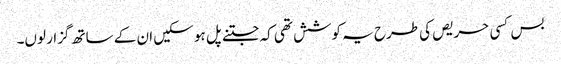
بس کسی حریص کی طرح یہ کوشش تھی کہ جتنے پل ہو سکیں ان کے ساتھ گزار لوں۔